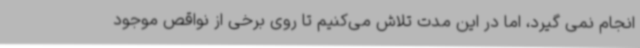
انجام نمی گیرد، اما در این مدت تلاش می‌کنیم تا روی برخی از نواقص موجود